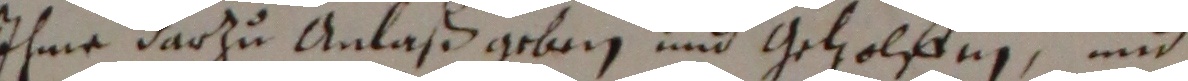
ihme darzu anlaß geben und geholffen und